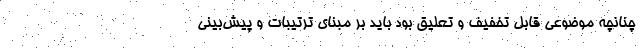
چنانچه موضوعی قابل تخفیف و تعلیق بود باید بر مبنای ترتیبات و پیش‌بینی